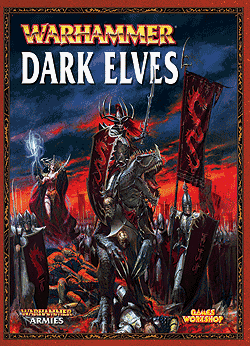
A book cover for Warhammer Armies Dark Elves; Science Fiction & Fantasy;